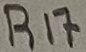
Text: R17